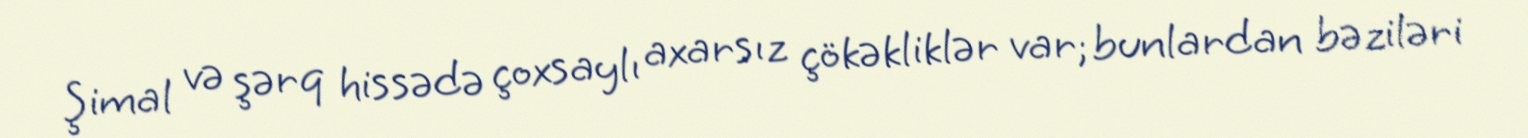
Şimal və şərq hissədə çoxsaylı axarsız çökəkliklər var; bunlardan bəziləri